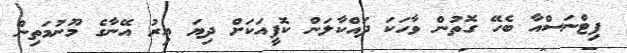
ފިޓްނަސްއާ ބެހޭ ގޮތުން ވާހަކަ ދައްކާލަން ކޮފީއަކަށް ދިޔަ އިރު އޭނާގެ މޫނުމަތިން